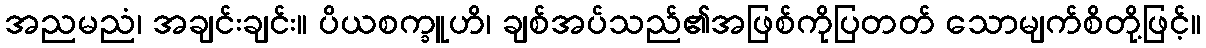
အညမညံ၊ အချင်းချင်း။ ပိယစက္ခူဟိ၊ ချစ်အပ်သည်၏အဖြစ်ကိုပြတတ် သောမျက်စိတို့ဖြင့်။